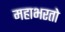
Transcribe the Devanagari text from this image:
महाभरतो